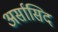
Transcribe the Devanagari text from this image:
अर्सासिद